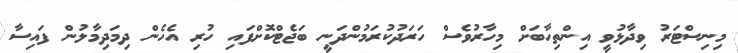
މިނިސްޓަރު ވިދާޅުވީ އިންތިހާބަށް މިހާރުވެސް ހަރަދުކުރަމުންދަނީ ބަޖެޓްކޮށްފައި ހުރި އެހެން ދިމަދިމާލުން ފައިސާ